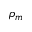
\rho _ { m }